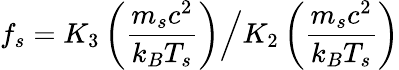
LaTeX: f_{s}=K_{3}\left(\frac{m_{s}c^{2}}{k_{B}T_{s}}\right)\Big/K_{2}\left(\frac{m_{s}c^{2}}{k_{B}T_{s}}\right)